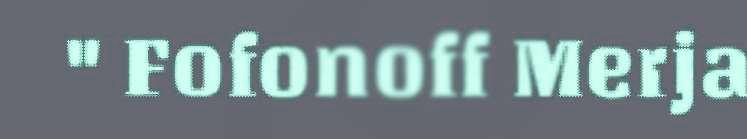
" Fofonoff Merja